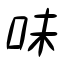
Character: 味